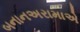
બનાનઅરામાએ